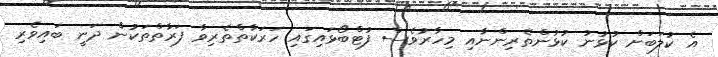
އެ ކުލަބަށް ކުޅުނު ކުޅުންތެރިންނާއި މިހާރުވެސް ފުޓްބޯޅައިގައި ހަރަކާތްތެރިވާ ފަރާތްތަކުން ދަނީ ބައިވެރި